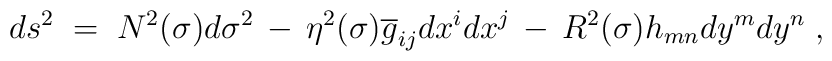
ds^{2}\;=\; N^{2}(\sigma )d\sigma^{2}      \,-\,\eta^{2}(\sigma )\overline{g}_{ij}dx^{i}dx^{j}      \,-\, R^{2}(\sigma )h_{mn}dy^{m}dy^{n} \; ,